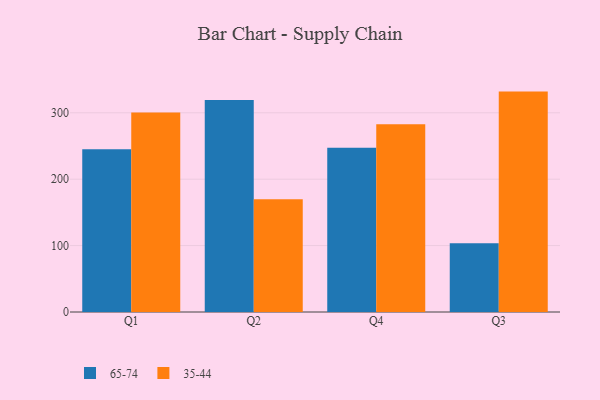
{"axis": {"x": "Quarter", "y": "Latency (ms)"}, "legend": ["35-44", "65-74"], "data": [{"x": "Q1", "y": 244.9, "type": "65-74"}, {"x": "Q1", "y": 300.3, "type": "35-44"}, {"x": "Q2", "y": 319.4, "type": "65-74"}, {"x": "Q2", "y": 169.7, "type": "35-44"}, {"x": "Q4", "y": 247.3, "type": "65-74"}, {"x": "Q4", "y": 282.9, "type": "35-44"}, {"x": "Q3", "y": 103.4, "type": "65-74"}, {"x": "Q3", "y": 331.9, "type": "35-44"}]}